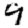
Digit: 9